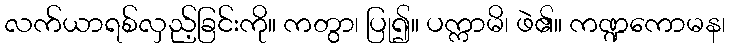
လက်ယာရစ်လှည့်ခြင်းကို။ ကတွာ၊ ပြု၍။ ပက္ကာမိ၊ ဖဲ၏။ ကဏ္ဍကောမန၊